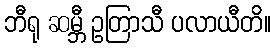
ဘီရု ဆမ္ဘီ ဥတြာသီ ပလာယီတိ။